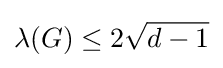
\lambda (G)\leq 2{\sqrt {d-1}}